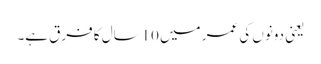
یعنی دونوں کی عمر میں 10سال کا فرق ہے۔